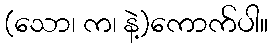
(သော၊ က၊ နဲ့)ကောက်ပါ။